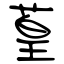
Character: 葟